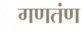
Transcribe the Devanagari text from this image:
गणतंण